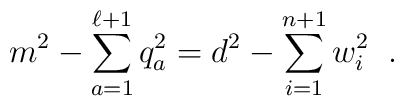
m^{2}-\sum_{a=1}^{\ell+1} q_{a}^{2}=d^{2}                                       -\sum_{i=1}^{n+1}w_{i}^{2}\;\;.